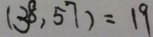
( 3 8 , 5 7 ) = 1 9